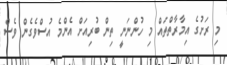
މި ރަށުގެ އިމާރާތްތައް މި ހުންނަނީ ތިން ބުރިއަށް އެންމެ އުސްވެގެން ވެސް